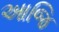
આજિ